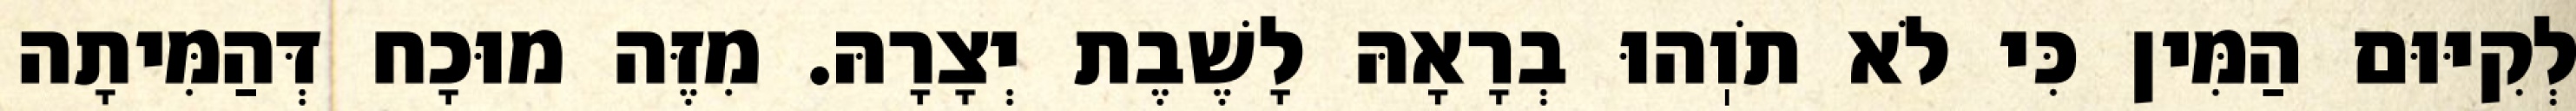
לְקִיּוּם הַמִּין כִּי לֹא תֹוֽהוּ בְרָאָהּ לָשֶׁבֶת יְצָרָהּ. מִזֶּה מוּכָח דְּהַמִּיתָה